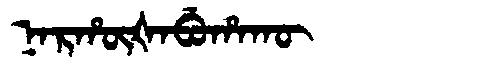
Manchu: ᠨᠠᡵᡥᡡᡧᠠᠪᡠᡥᠠᡴᡡ
Romanization: NARHŪŠABUHAKŪ